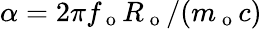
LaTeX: \alpha=2\pi f_{\mathrm{~o~}}R_{\mathrm{~o~}}/(m_{\mathrm{~o~}}c)